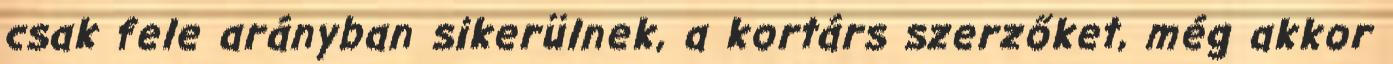
csak fele arányban sikerülnek, a kortárs szerzőket, még akkor